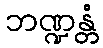
ဘဏ္ဍန္တံ